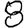
Digit: 8